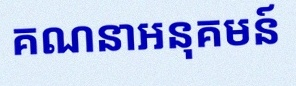
គណនាអនុគមន៍